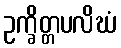
ဥက္ခိတ္တပလိဃံ